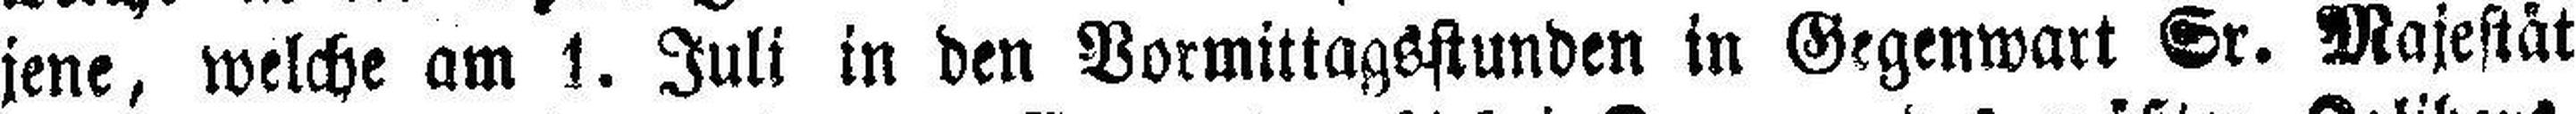
jene, welche am 1. Juli in den Vormittagsstunden in Gegenwart Sr. Majestät